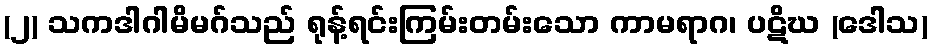
(၂) သကဒါဂါမိမဂ်သည် ရုန့်ရင်းကြမ်းတမ်းသော ကာမရာဂ၊ ပဋိဃ (ဒေါသ)